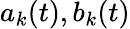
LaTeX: a_{k}(t),b_{k}(t)